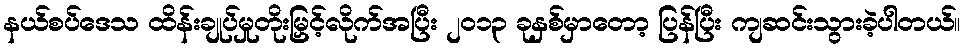
နယ်စပ်ဒေသ ထိန်းချုပ်မှုတိုးမြှင့်လိုက်အပြီး ၂၀၁၃ ခုနှစ်မှာတော့ ပြန်ပြီး ကျဆင်းသွားခဲ့ပါတယ်။